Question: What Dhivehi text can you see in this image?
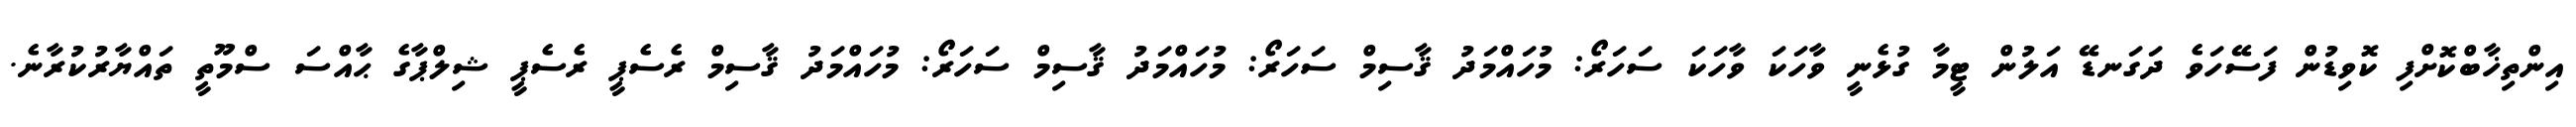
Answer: އިންތިޚާބްކޮށްފި ކޮވިޑުން ފަސޭހަވެ ދަގަނޑޭ އަލުން ޓީމާ ގުޅެނީ ވާހަކަ ވާހަކަ ސަހަރޯ: މުހައްމަދު ޤާސިމް ސަހަރޯ: މުހައްމަދު ޤާސިމް ސަހަރޯ: މުހައްމަދު ޤާސިމް ރެސެޕީ ރެސެޕީ ޝިލްޕާގެ ޙާއްސަ ސްމޫތީ ތައްޔާރުކުރާނެ.